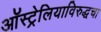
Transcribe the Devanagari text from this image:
ऑस्ट्रेलियाविरुद्धचा